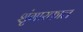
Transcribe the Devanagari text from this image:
शृंगारकाल